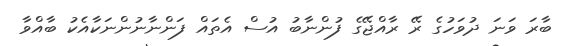
ބާރަ ވަނަ ދުވަހުގެ ރޭ ރާއްޖޭގެ ފުންނާބު އުސް އެތައް ފަންނާނުންނަކާއެކު ބާއްވާ